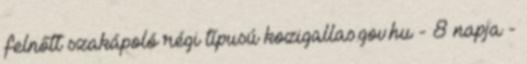
felnőtt szakápoló régi típusú kozigallas.gov.hu - 8 napja -